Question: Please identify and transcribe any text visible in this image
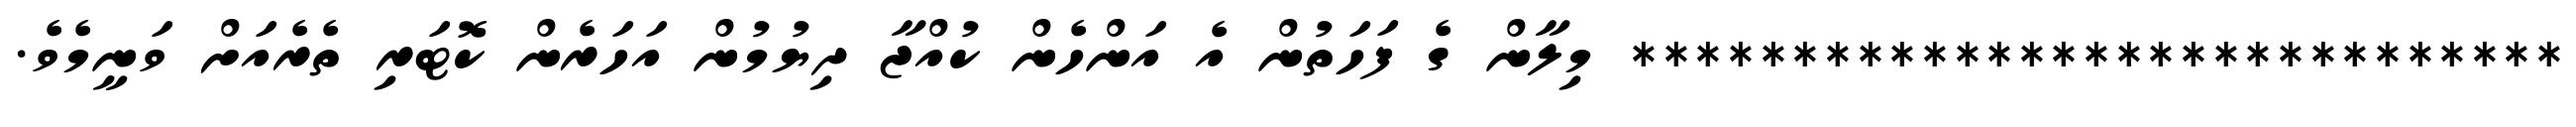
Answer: ***************************** މިލާން ގެ ފަހަތުން އެ އަންހެން ކުއްޖާ ދިޔުމުން އަހަރެން ކޮޓަރި ތެރެއަށް ވަނީމެވެ.